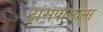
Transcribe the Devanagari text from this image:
ट्रांसपोसोन्स